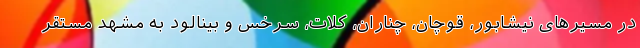
در مسیرهای نیشابور، قوچان، چناران، کلات، سرخس و بینالود به مشهد مستقر